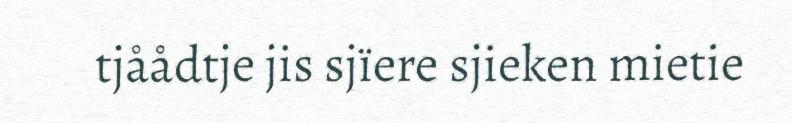
tjåådtje jis sjïere sjieken mietie